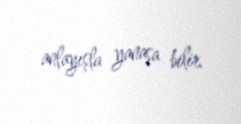
anlayışla yanaşa bilir.